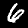
Label: 6